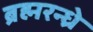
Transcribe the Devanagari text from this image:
ब्रह्मरन्ध्रे